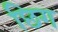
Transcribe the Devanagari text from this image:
छिग